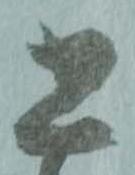
書